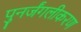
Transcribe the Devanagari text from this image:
पुनर्जंगलीकरण